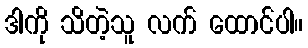
ဒါကို သိတဲ့သူ လက် ထောင်ပါ။